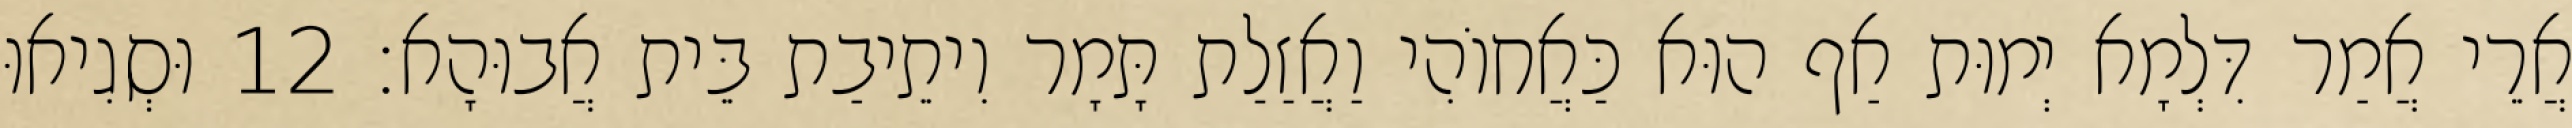
אֲרֵי אֲמַר דִּלְמָא יְמוּת אַף הוּא כַּאֲחוֹהִי וַאֲזַלַת תָּמָר וִיתֵיבַת בֵּית אֲבוּהָא׃ 12 וּסְגִיאוּ